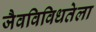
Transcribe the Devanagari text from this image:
जैवविविधतेला